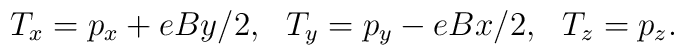
T_x = p_x+eBy/2,~~T_y = p_y-eBx/2,~~T_z = p_z.